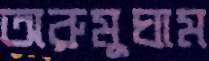
অরুমুঘাম